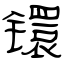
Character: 镮